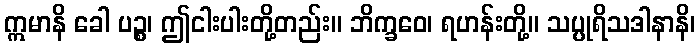
ဣမာနိ ခေါ ပဉ္စ၊ ဤငါးပါးတို့တည်း။ ဘိက္ခဝေ၊ ရဟန်းတို့။ သပ္ပုရိသဒါနာနိ၊